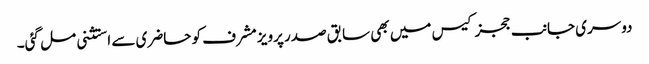
دوسری جانب ججز کیس میں بھی سابق صدر پرویز مشرف کو حاضری سے استثنی مل گئی۔